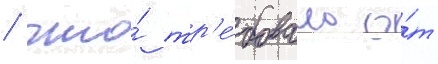
/ что́ тр'е́бовало о́т